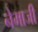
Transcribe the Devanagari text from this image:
नेमाजी